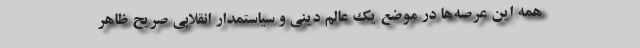
همه این عرصه‌ها در موضع یک عالم دینی و سیاستمدار انقلابی صریح ظاهر